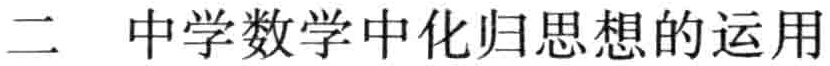
二 中学数学中化归思想的运用